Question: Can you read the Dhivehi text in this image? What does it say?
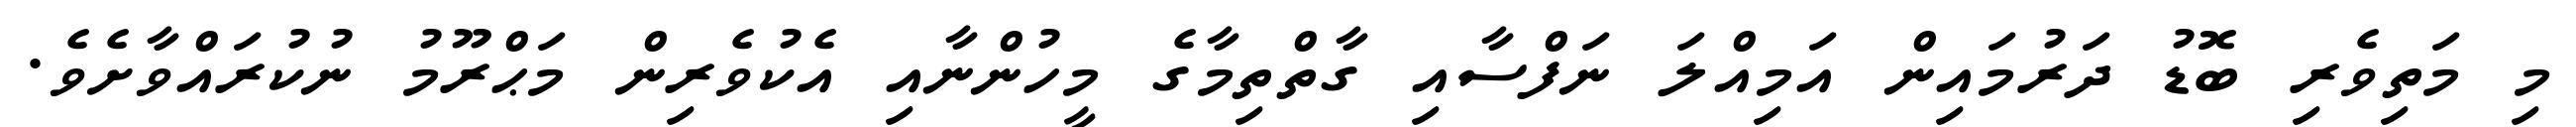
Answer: މި މަތިވެރި ބޮޑު ދަރުމައިން އަމިއްލަ ނަފްސާއި ގާތްތިމާގެ މީހުންނާއި އެކުވެރިން މަޙްރޫމު ނުކުރައްވާށެވެ.